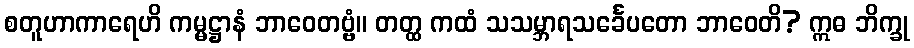
စတူဟာကာရေဟိ ကမ္မဋ္ဌာနံ ဘာဝေတဗ္ဗံ။ တတ္ထ ကထံ သသမ္ဘာရသင်္ခေပတော ဘာဝေတိ? ဣဓ ဘိက္ခု